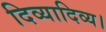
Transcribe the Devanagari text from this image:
दिव्यादिव्य।